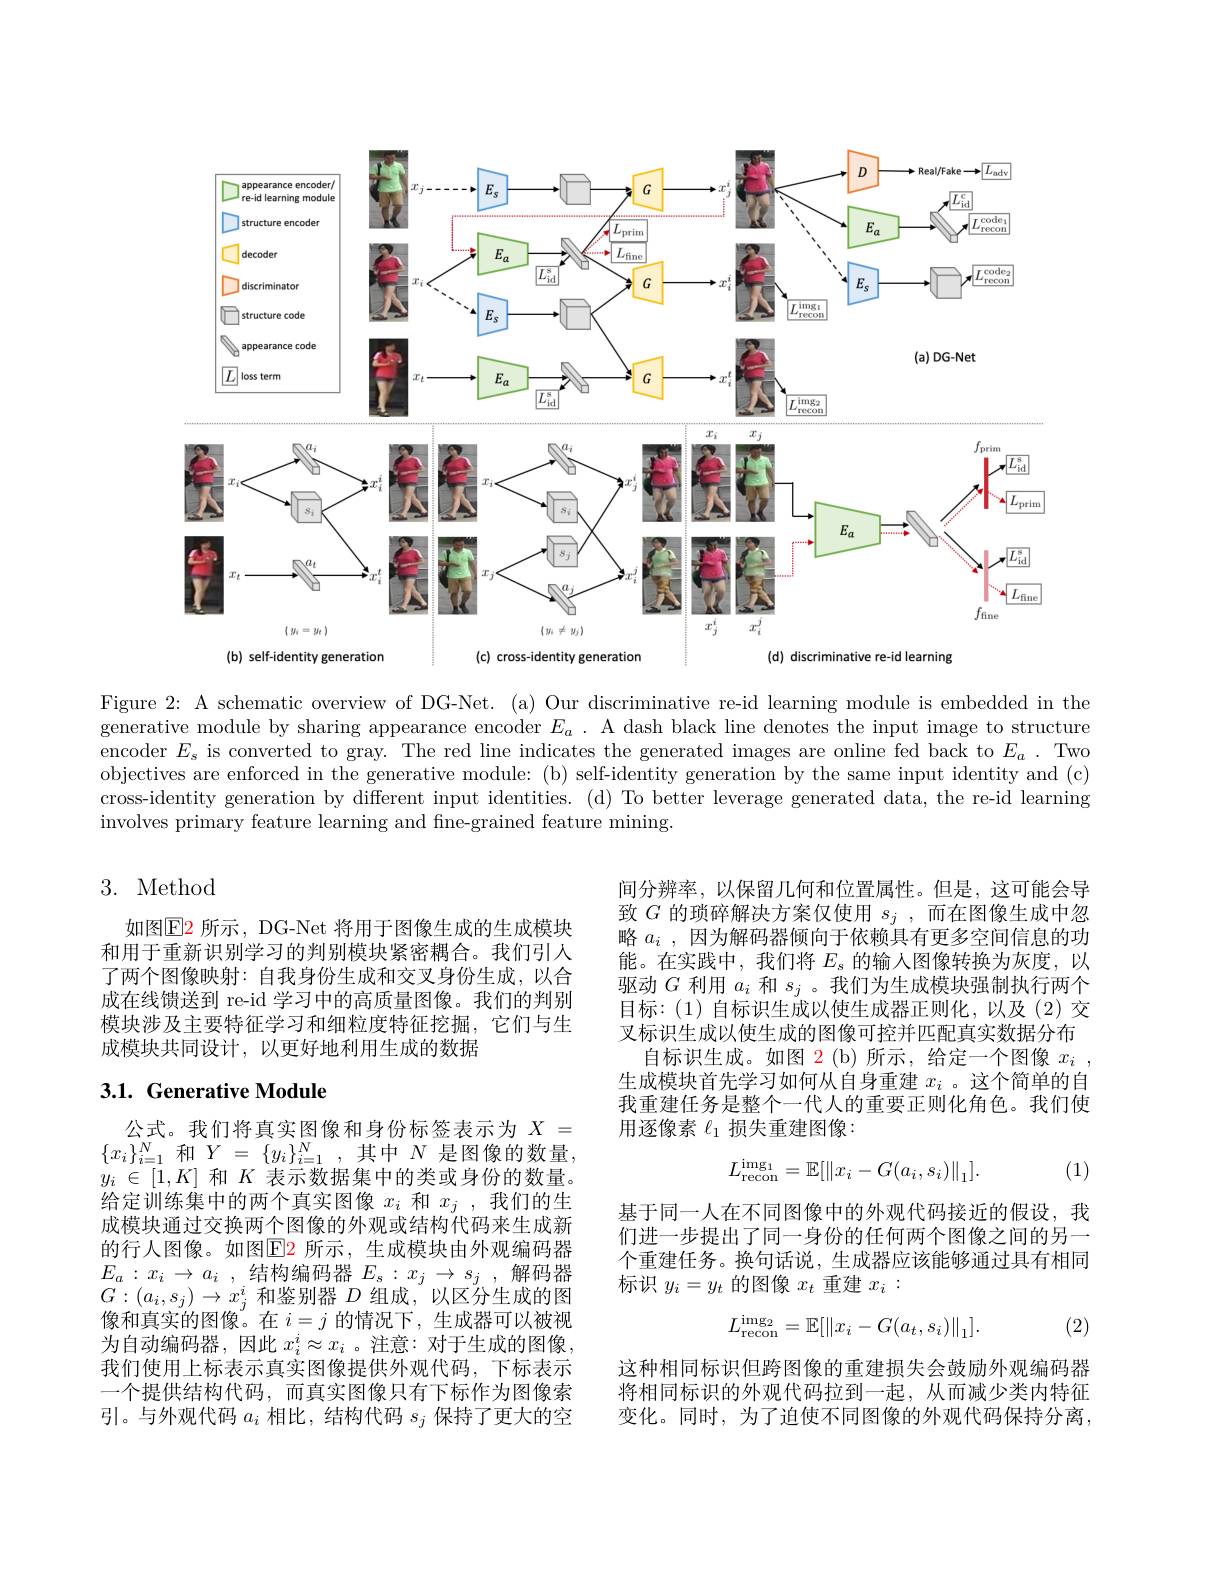
<FigureHere>

Figure 2: A schematic overview of DG-Net. (a) Our discriminative re-id learning module is embedded in the generative module by sharing appearance encoder $E_a$ . A dash black line denotes the input image to structure encoder $E_s$ is converted to gray. The red line indicates the generated images are online fed back to $E_a.$ Two objectives are enforced in the generative module: (b) self-identity generation by the same input identity and (c) cross-identity generation by different input identities. (d) To better leverage generated data, the re-id learning involves primary feature learning and fine-grained feature mining.

## 3. Method

如图E2 所示，DG-Net 将用于图像生成的生成模块和用于重新识别学习的判别模块紧密耦合。我们引人了两个图像映射：自我身份生成和交叉身份生成，以合成在线馈送到 re-id 学习中的高质量图像。我们的判别模块涉及主要特征学习和细粒度特征挖掘，它们与生成模块共同设计，以更好地利用生成的数据

间分辨率，以保留几何和位置属性。但是，这可能会导致$G$的琐碎解决方案仅使用$s_j$,而在图像生成中忽略$a_i$ ,因为解码器倾向于依赖具有更多空间信息的功能。在实践中，我们将$E_\mathrm{s}$的输入图像转换为灰度，以驱动$G$利用$a_i$和$s_j$ 。我们为生成模块强制执行两个目标：(1)自标识生成以使生成器正则化，以及(2)交叉标识生成以使生成的图像可控并匹配真实数据分布
自标识生成。如图 2(b)所示，给定一个图像$x_i$, 生成模块首先学习如何从自身重建$x_i$ 。这个简单的自我重建任务是整个一代人的重要正则化角色。我们使用逐像素$\ell_{1}$损失重建图像：

## 3.1. Generative Module
$$L_{\mathrm{recon}}^{\mathrm{img}_1}=\mathbb{E}[\|x_i-G(a_i,s_i)\|_1].$$
(1)

基于同一人在不同图像中的外观代码接近的假设，我们进一步提出了同一身份的任何两个图像之间的另一个重建任务。换句话说，生成器应该能够通过具有相同标识$y_i=y_t$的图像$x_t$重建$x_i:$

公式。我们将真实图像和身份标签表示为$X=$ $\{x_i\}_{i=1}^N$ 和$Y=\{y_i\}_{i=1}^N$,其中$N$ 是图像的数量， $y_{i}\in[1,K]$和$K$表示数据集中的类或身份的数量。给定训练集中的两个真实图像$x_i$和$x_j$ ,我们的生成模块通过交换两个图像的外观或结构代码来生成新的行人图像。如图$\operatorname{E2}$ 所示，生成模块由外观编码器$E_{a}$ : $x_{i}$ $\to$ $a_{i}$ , 结构编码器 $E_{\mathrm{s} }$ : $x_{j}$ $\to$ $s_{j}$ , 解码器$G:(a_i,s_j)\to x_j^i$和鉴别器$D$组成，以区分生成的图像和真实的图像。在$i=j$的情况下，生成器可以被视为自动编码器，因此$x_i^i\approx x_i$ 。注意：对于生成的图像， 我们使用上标表示真实图像提供外观代码，下标表示一个提供结构代码，而真实图像只有下标作为图像索引。与外观代码$a_i$相比，结构代码$s_j$保持了更大的空
$$L_{\mathrm{recon}}^{\mathrm{img}_2}=\mathbb{E}[\|x_i-G(a_t,s_i)\|_1].$$
(2)

这种相同标识但跨图像的重建损失会鼓励外观编码器将相同标识的外观代码拉到一起，从而减少类内特征变化。同时，为了迫使不同图像的外观代码保持分离，